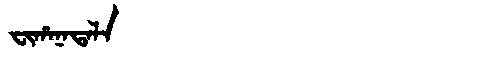
Manchu: ᠸᡳᡥᠠᠨᠠᡨᠠᠯᠠ
Romanization: FIHANATALA